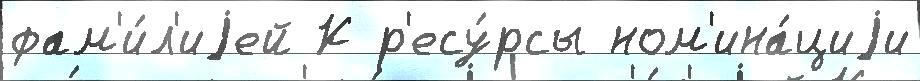
фам'и́л'иjей К р'есу́рсы ном'ина́циjи